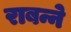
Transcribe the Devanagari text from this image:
राबन्ने